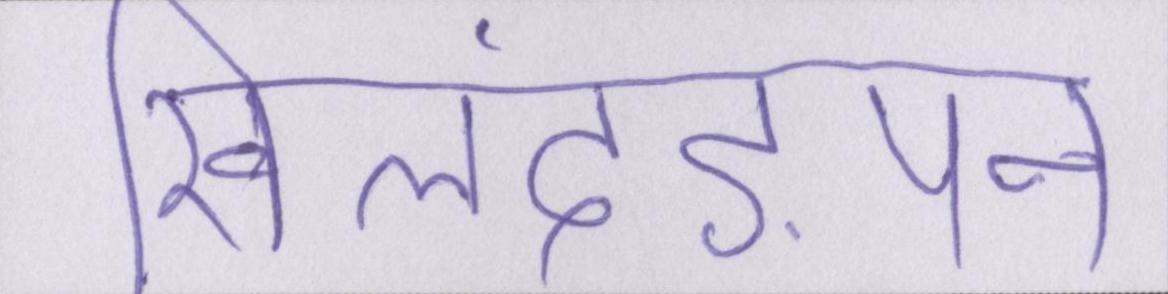
खिलंदड़ेपन